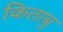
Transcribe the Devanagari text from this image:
किताबु